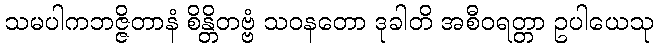
သမပါကဘဇ္ဇိတာနံ စိန္တိတဗ္ဗံ သဝနတော ဒုခါတိ အစီဝရတ္တာ ဥပါယေသု